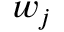
w _ { j }